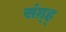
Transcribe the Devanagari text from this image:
संग्र्ह्